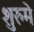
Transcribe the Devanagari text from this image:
शुरुमे